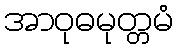
အာဝုဓမုတ္တမံ